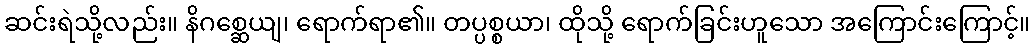
ဆင်းရဲသို့လည်း။ နိဂစ္ဆေယျ၊ ရောက်ရာ၏။ တပ္ပစ္စယာ၊ ထိုသို့ ရောက်ခြင်းဟူသော အကြောင်းကြောင့်။